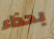
بحذاء